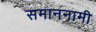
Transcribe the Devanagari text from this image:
समाननामी